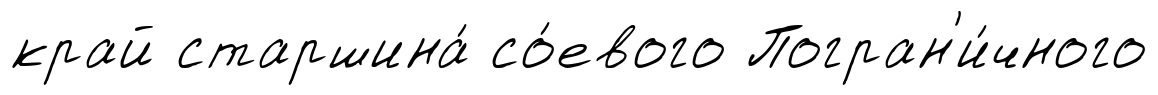
край старшина́ со́евого Погран'и́чного